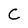
Character: C